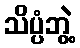
သိပ္ပံဘွဲ့